Indian journal of veterinary science and animal husbandry - Volumes 22-23, 1952-1953
Year: 1952
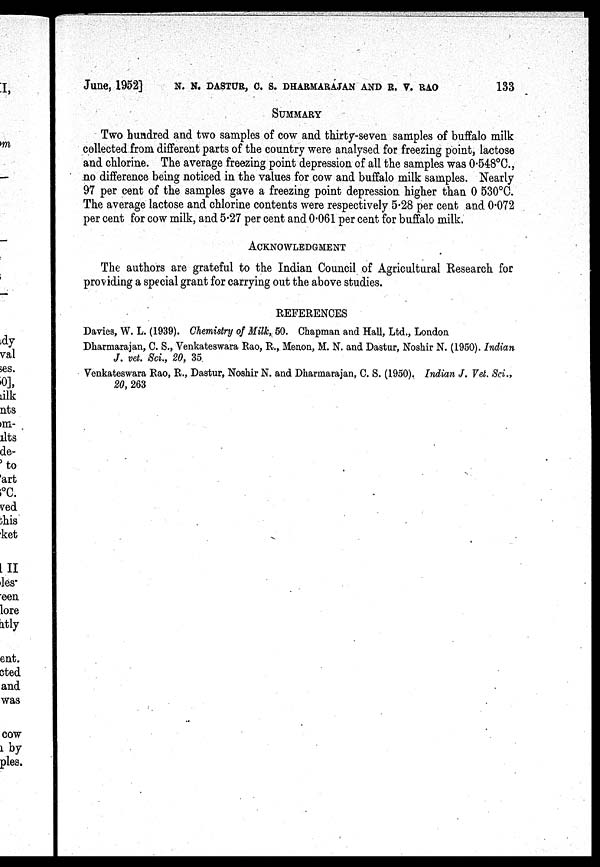
June, 1952] N. N. DASTUR, C. S. DHARMARAJAN AND R. V. RAO 133
SUMMARTY
Two hundred and two samples of cow and thirty-seven samples of buffalo milk
collected from different parts of the country were analysed for freezing point, lactose
and chlorine. The average freezing point depression of all the samples was 0.548ºC.,
no difference being noticed in the values for cow and buffalo milk samples. Nearly
97 per cent of the samples gave a freezing point depression higher than 0 530ºC.
The average lactose and chlorine contents were respectively 5.28 per cent and 0.072
per cent for cow milk, and 5.27 per cent and 0.061 per cent for buffalo milk.
ACKNOWLEDGEMENT
The authors are grateful to the Indian Council of Agricultural Research for
providing a special grant for carrying out the above studies.
REFERENCES
Davies, W. L. (1939). Chemistry of Milk, 50. Chapman and Hall, Ltd., London
Dharmarajan, C. S., Venkateswara Rao, R., Menon, M. N. and Dastur, Noshir N. (1950). Indian
J. vet. Sci., 20, 35
Venkateswara Rao, R., Dastur, Noshir N. and Dharmarajan, C. S. (1950). Indian J. Vet. Sci.,
20, 263